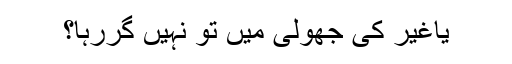
یاغیر کی جھولی میں تو نہیں گررہا؟